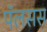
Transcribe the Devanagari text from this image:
पॅलसस